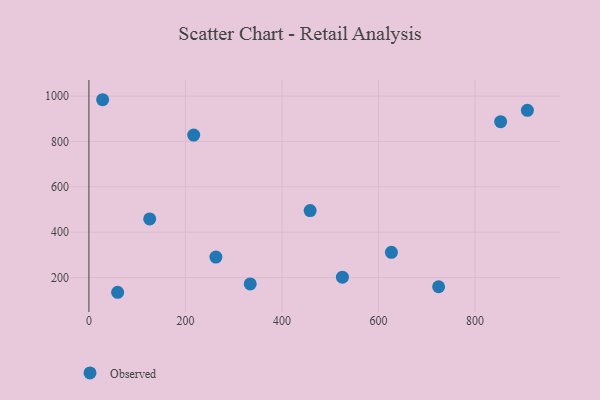
{"axis": {"x": "Engine Size", "y": "Fuel Efficiency"}, "legend": ["Observed"], "data": [{"x": "626.7", "y": 311.0, "type": "Observed"}, {"x": "334.2", "y": 171.8, "type": "Observed"}, {"x": "724.5", "y": 159.3, "type": "Observed"}, {"x": "908.4", "y": 937.5, "type": "Observed"}, {"x": "853.0", "y": 887.6, "type": "Observed"}, {"x": "217.1", "y": 828.3, "type": "Observed"}, {"x": "125.9", "y": 458.4, "type": "Observed"}, {"x": "525.2", "y": 201.5, "type": "Observed"}, {"x": "263.1", "y": 290.3, "type": "Observed"}, {"x": "59.5", "y": 134.9, "type": "Observed"}, {"x": "28.4", "y": 984.3, "type": "Observed"}, {"x": "458.3", "y": 495.2, "type": "Observed"}]}